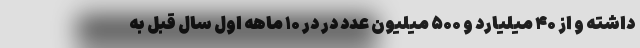
داشته و از ۴۰ میلیارد و ۵۰۰ میلیون عدد در در ۱۰ ماهه اول سال قبل به